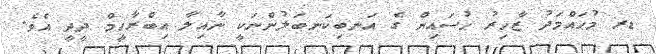
ޑރ މުޙައްމަދު ޒާހިރު ޙުސައިން ގެ އަނބިކަނބަލުންނަކީ ނާއިލާ އިބްރާހީމް ދީދީ އެވެ.